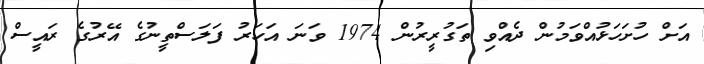
އަށް ހުށަހަޅުއްވަމުން ދެއްވި ތަގުރީރުން 1974 ވަނަ އަހަރު ފަލަސްތީނުގެ އޭރުގެ ރައީސް